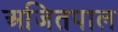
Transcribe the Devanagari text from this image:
अजितपाल